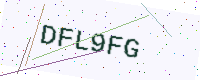
Text: DFL9FG